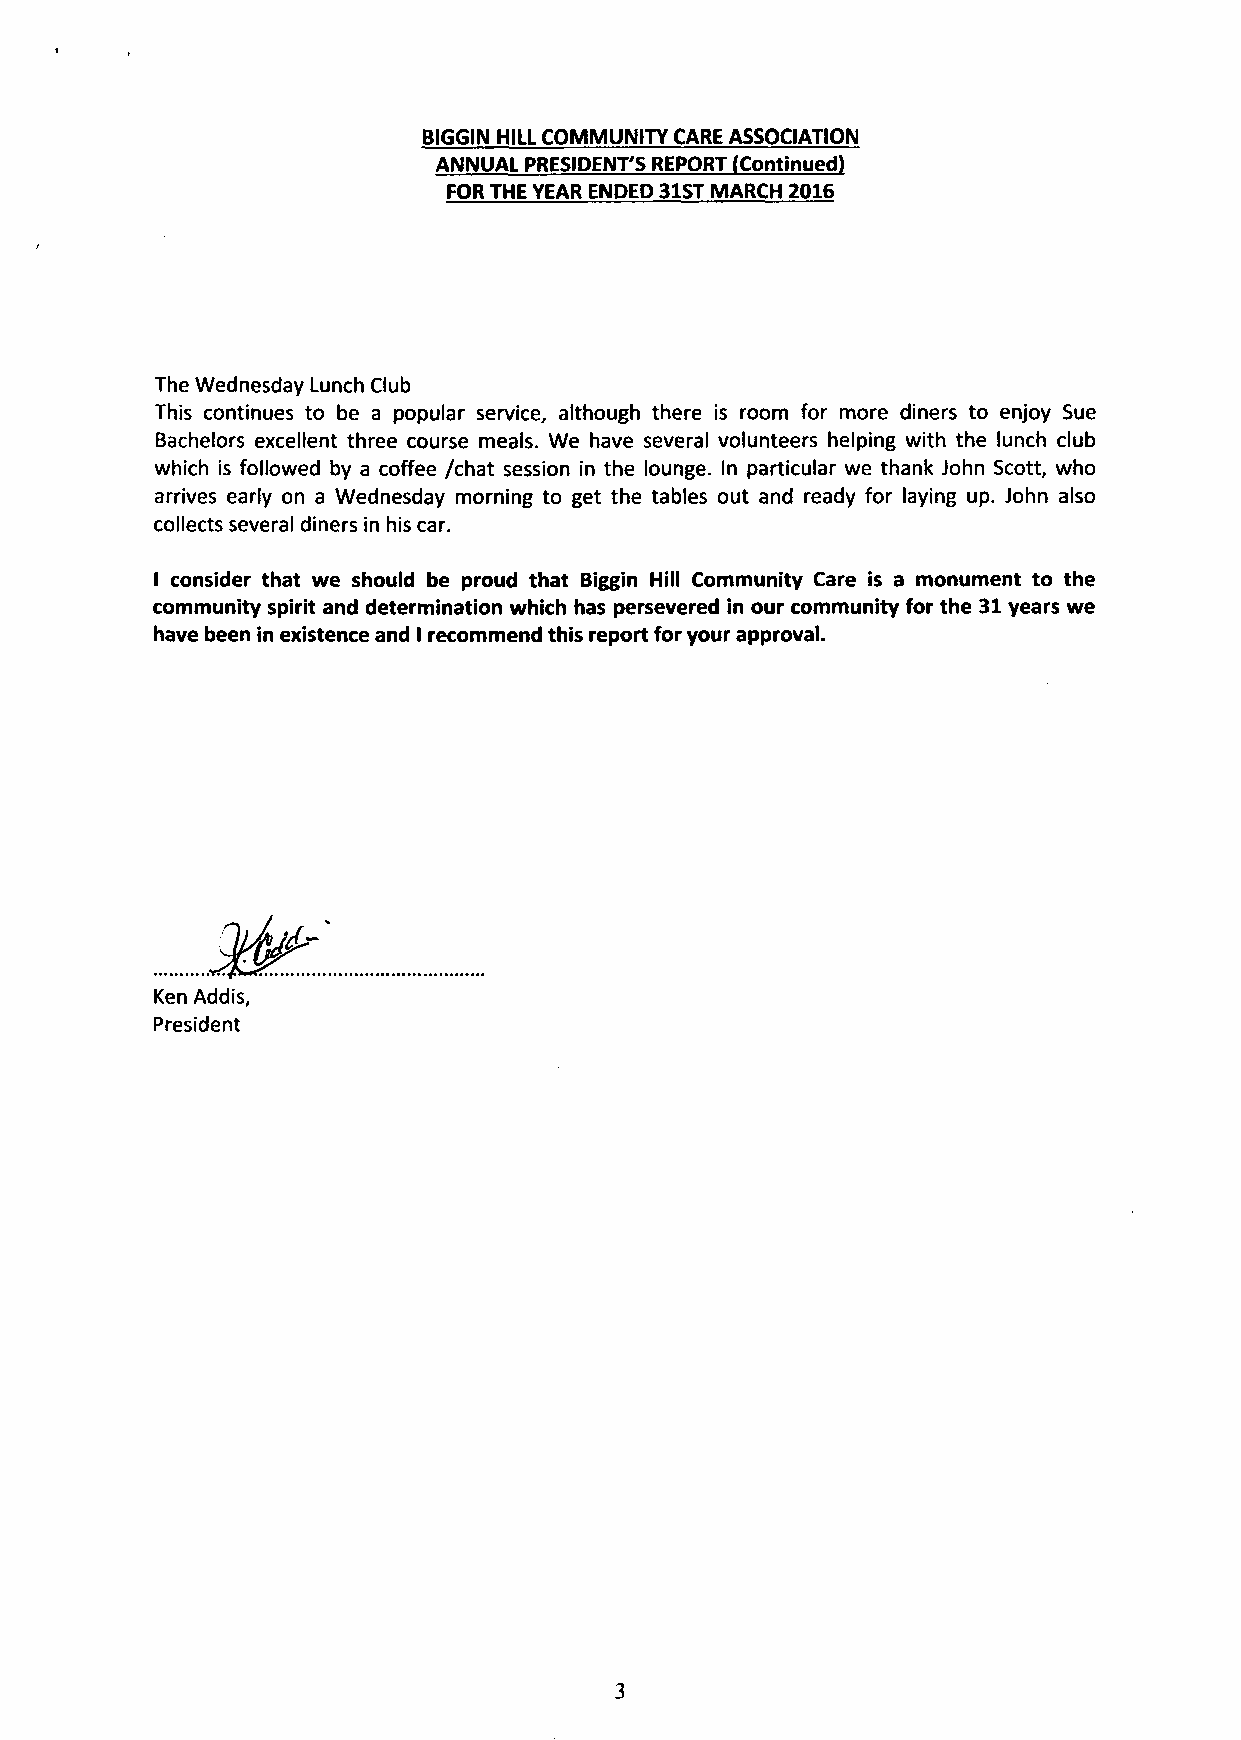
BIGGIN HILL COMMUNITY CARE ASSOCIATION
 ANNUAL PRESIDENT'S REPORT (Continued)
 FOR THE YEAR ENDED 31ST MARCH 2016
 The Wednesday Lunch Club
 This continues to be a popular service, although there is room for more diners to enjoy Sue
 Bachelors excellent three course meals. We have several volunteers helping with the lunch club
 which is followed by a coffee /chat session in the lounge. In particular we thank John Scott, who
 arrives early on a Wednesday morning to get the tables out and ready for laying up. John also
 collects several diners in his car.
 I consider that we should be proud that Biggin Hill Community Care is a monument to the
 community spirit and determination which has persevered in our community for the 31 years we
 have been in existence and I recommend this report for your approval.
 Ken Addis,
 President
 3